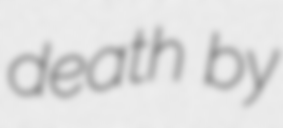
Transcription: death by